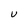
Character: U